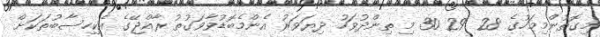
މިގޮތުންމިމަހުގެ 28 29 30 މި ތިންދުވަހު ދިޔަވަރު އެންމެބޮޑުވާވަގުތު ރާއްޖޭގެ އެކިހިސާބުތަކަށް